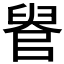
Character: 𦥳